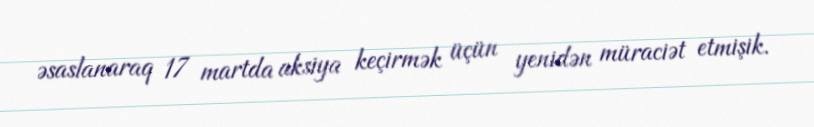
əsaslanaraq 17 martda aksiya keçirmək üçün yenidən müraciət etmişik.